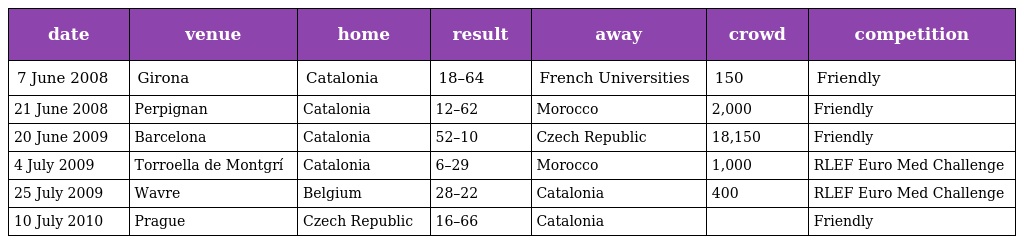
| date | venue | home | result | away | crowd | competition |
 | --- | --- | --- | --- | --- | --- | --- |
 | 7 June 2008 | Girona | Catalonia | 18–64 | French Universities | 150 | Friendly |
 | 21 June 2008 | Perpignan | Catalonia | 12–62 | Morocco | 2,000 | Friendly |
 | 20 June 2009 | Barcelona | Catalonia | 52–10 | Czech Republic | 18,150 | Friendly |
 | 4 July 2009 | Torroella de Montgrí | Catalonia | 6–29 | Morocco | 1,000 | RLEF Euro Med Challenge |
 | 25 July 2009 | Wavre | Belgium | 28–22 | Catalonia | 400 | RLEF Euro Med Challenge |
 | 10 July 2010 | Prague | Czech Republic | 16–66 | Catalonia |  | Friendly |